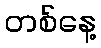
တစ်နေ့